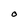
Character: O